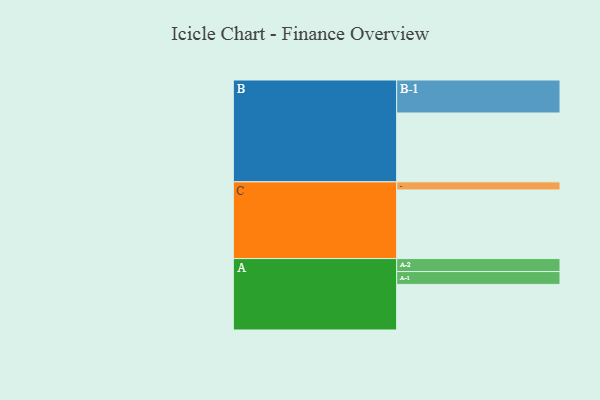
{"axis": {"x": "Segment", "y": "Value"}, "legend": ["", "A", "B", "C"], "data": [{"x": "A", "y": 394, "type": ""}, {"x": "B", "y": 595, "type": ""}, {"x": "C", "y": 593, "type": ""}, {"x": "A-1", "y": 111, "type": "A"}, {"x": "A-2", "y": 112, "type": "A"}, {"x": "B-1", "y": 285, "type": "B"}, {"x": "C-1", "y": 70, "type": "C"}]}